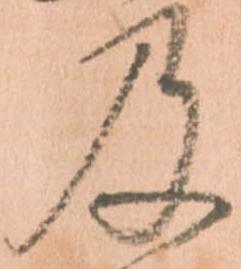
及